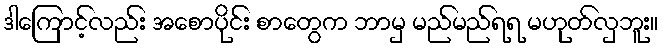
ဒါကြောင့်လည်း အစောပိုင်း စာတွေက ဘာမှ မည်မည်ရရ မဟုတ်လှဘူး။